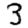
Digit: 3